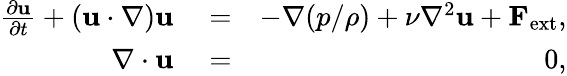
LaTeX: \begin{array}{rlr}{\frac{\partial{\mathbf u}}{\partial t}+({\mathbf u}\cdot\nabla){\mathbf u}}&{{}=}&{-\nabla({p}/{\rho})+\nu\nabla^{2}{\mathbf u}+{\mathbf F}_{\mathrm{ext}},}\\ {\nabla\cdot{\mathbf u}}&{{}=}&{0,}\end{array}